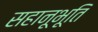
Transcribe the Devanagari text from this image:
सहानूभूति